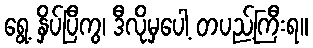
ရွေ့ နှိပ်ပြီကွ၊ ဒီလိုမှပေါ့ တပည့်ကြီးရ။